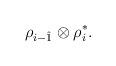
LaTeX: \begin{align*} \rho_{i-\hat 1}\otimes\rho_i^\ast.\end{align*}